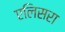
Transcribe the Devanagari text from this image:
एलिसरा